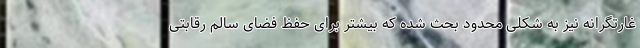
غارتگرانه نیز به شکلی محدود بحث شده که بیشتر برای حفظ فضای سالم رقابتی